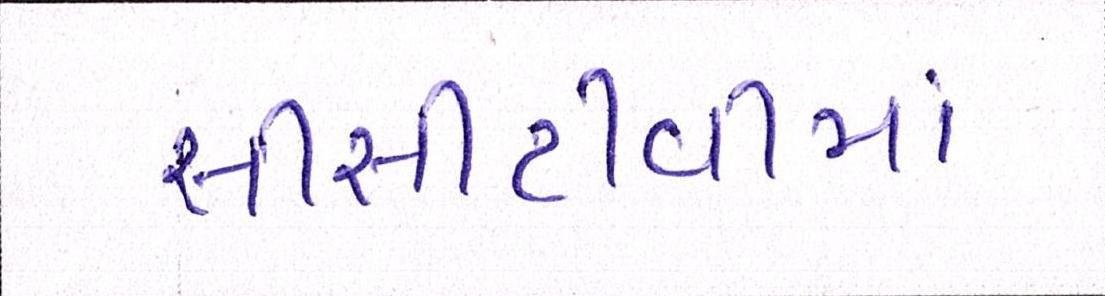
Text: સીસીટીવીમાં